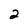
Character: 2